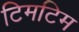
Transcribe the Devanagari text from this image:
टिमटिम